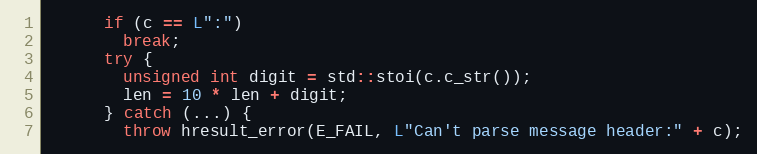
Language: C++
      if (c == L":")
        break;
      try {
        unsigned int digit = std::stoi(c.c_str());
        len = 10 * len + digit;
      } catch (...) {
        throw hresult_error(E_FAIL, L"Can't parse message header:" + c);